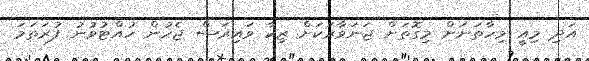
އަދި މިއީ މިހާތަނަށް މިގޮތަށް ޖަނަވާރަކަށް ޒިކާ ވައިރަސް ޖެހުން ހުއްޓުވުނު ފުރަތަމަ